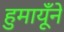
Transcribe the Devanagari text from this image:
हुमायूँने